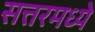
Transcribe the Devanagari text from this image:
सत्तरमध्ये